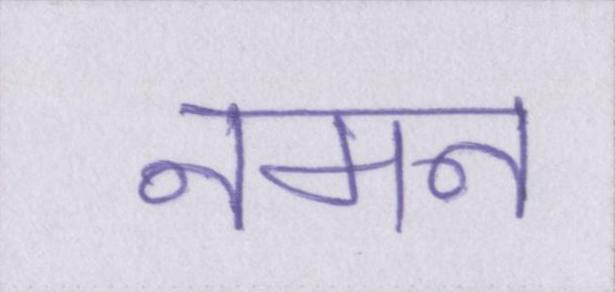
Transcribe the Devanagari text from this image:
नमन